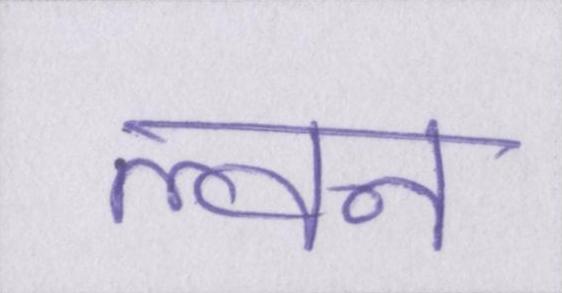
ल्वन